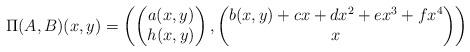
LaTeX: \begin{align*} \Pi (A,B)(x,y) = \left( \begin{pmatrix} a(x,y) \\ h(x,y) \end{pmatrix}, \begin{pmatrix} b(x,y) + cx + dx^{2} + ex^{3} + fx^{4} \\ x \end{pmatrix} \right)\end{align*}